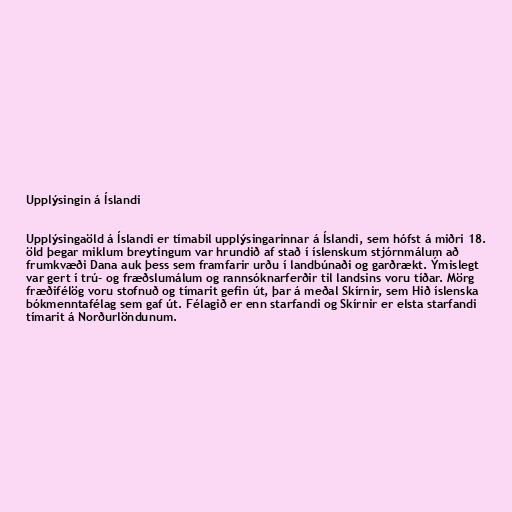
Upplýsingin á Íslandi

Upplýsingaöld á Íslandi er tímabil upplýsingarinnar á Íslandi, sem hófst á miðri 18.
öld þegar miklum breytingum var hrundið af stað í íslenskum stjórnmálum að
frumkvæði Dana auk þess sem framfarir urðu í landbúnaði og garðrækt. Ýmislegt
var gert í trú- og fræðslumálum og rannsóknarferðir til landsins voru tíðar. Mörg
fræðifélög voru stofnuð og tímarit gefin út, þar á meðal Skírnir, sem Hið íslenska
bókmenntafélag sem gaf út. Félagið er enn starfandi og Skírnir er elsta starfandi
tímarit á Norðurlöndunum.